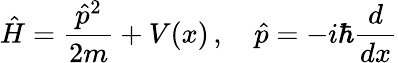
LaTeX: {\hat{H}}={\frac{{\hat{p}}^{2}}{2m}}+V(x)\, ,\quad{\hat{p}}=-i\hbar{\frac{d}{dx}}